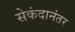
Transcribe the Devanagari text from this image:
सेकंदानंतर